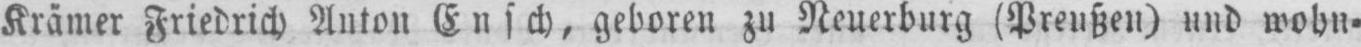
Krämer Friedrich Anton Ensch, geboren zu Neuerburg (Preußen) und wohn⸗